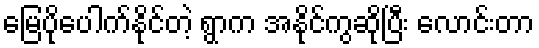
မြေပိုပေါက်နိုင်တဲ့ ရွာက အနိုင်ကွဆိုပြီး လောင်းတာ